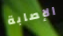
الإصابة